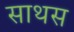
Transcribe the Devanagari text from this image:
साथस